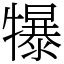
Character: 犦